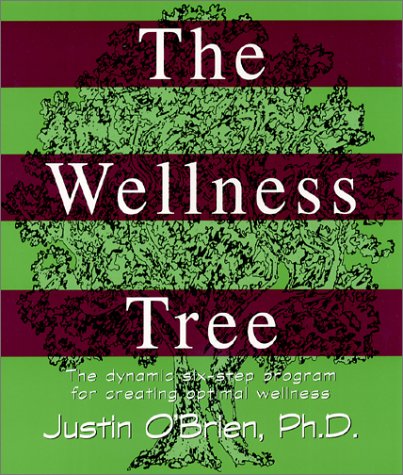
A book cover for The Wellness Tree: The Dynamic Six Step Program for Creating Optimal Wellness; Justin O'Brien; Self-Help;